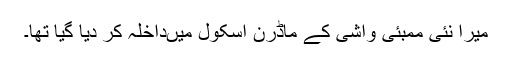
میرا نئی ممبئی واشی کے ماڈرن اسکول میںداخلہ کر دیا گیا تھا۔